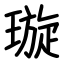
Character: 璇